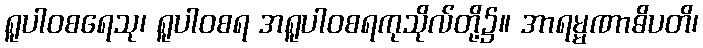
ရူပါဝစရေသု၊ ရူပါဝစရ အရူပါဝစရကုသိုလ်တို့၌။ အာရမ္မဏာဓိပတိ၊